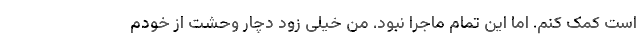
است کمک کنم. اما این تمام ماجرا نبود. من خیلی زود دچار وحشت از خودم